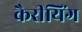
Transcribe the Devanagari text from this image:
कैरीयिंग